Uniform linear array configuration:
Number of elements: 8
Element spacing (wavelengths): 1
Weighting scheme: hann
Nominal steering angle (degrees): -15
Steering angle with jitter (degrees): -14.186
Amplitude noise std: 0.05
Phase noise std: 0.05

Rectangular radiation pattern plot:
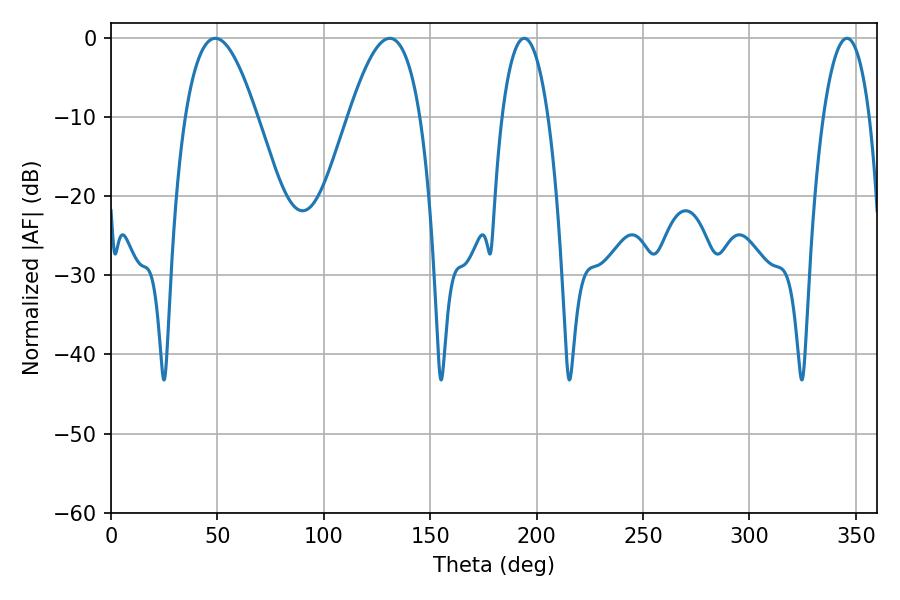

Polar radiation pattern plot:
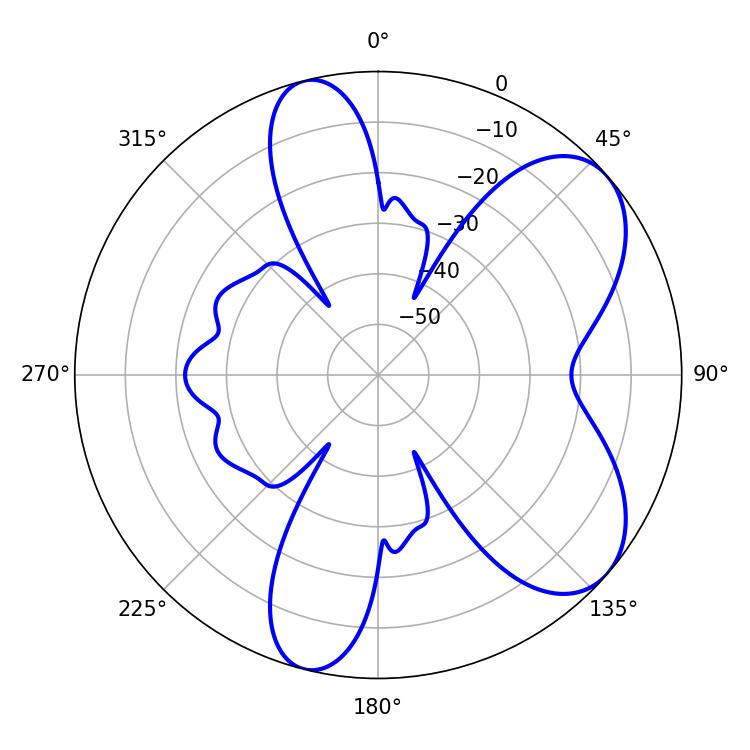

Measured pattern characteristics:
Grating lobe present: TRUE
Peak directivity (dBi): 6.77
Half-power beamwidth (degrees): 12.06
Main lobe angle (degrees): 194.22